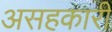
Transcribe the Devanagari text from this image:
असहकारी